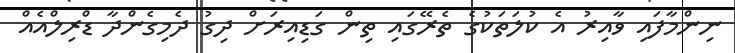
ނިންމާފައި ވާއިރު އެ ކުލަތަކުގެ ތެރޭގައި ތިން ގަޑިއިރަށް ދިގު ދެމިގެންދާ ޑްރިލްއެއް